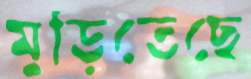
মুড়িতেছে